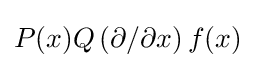
P(x)Q\left(\partial /\partial x\right)f(x)